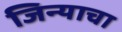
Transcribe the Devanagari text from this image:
जिन्याचा